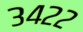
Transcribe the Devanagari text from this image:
३४२२